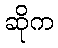
ဆိုက